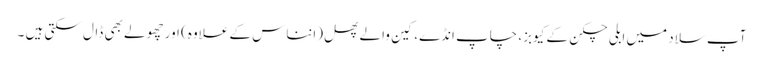
آپ سلاد میں ابلی چکن کے کیوبز، چاپ انڈے، کین والے پھل (انناس کے علاوہ) اور چھولے بھی ڈال سکتی ہیں ۔